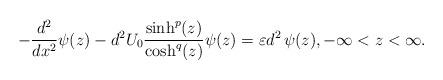
LaTeX: \begin{align*}-\dfrac{d^2}{dx^2}\psi(z)-d^2 U_0\frac{\sinh^p(z)}{\cosh^q(z)}\psi(z)=\varepsilon d^2\,\psi(z),-\infty<z<\infty.\end{align*}